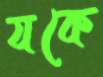
যকে